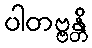
ပါတဗ္ဗန္တိ